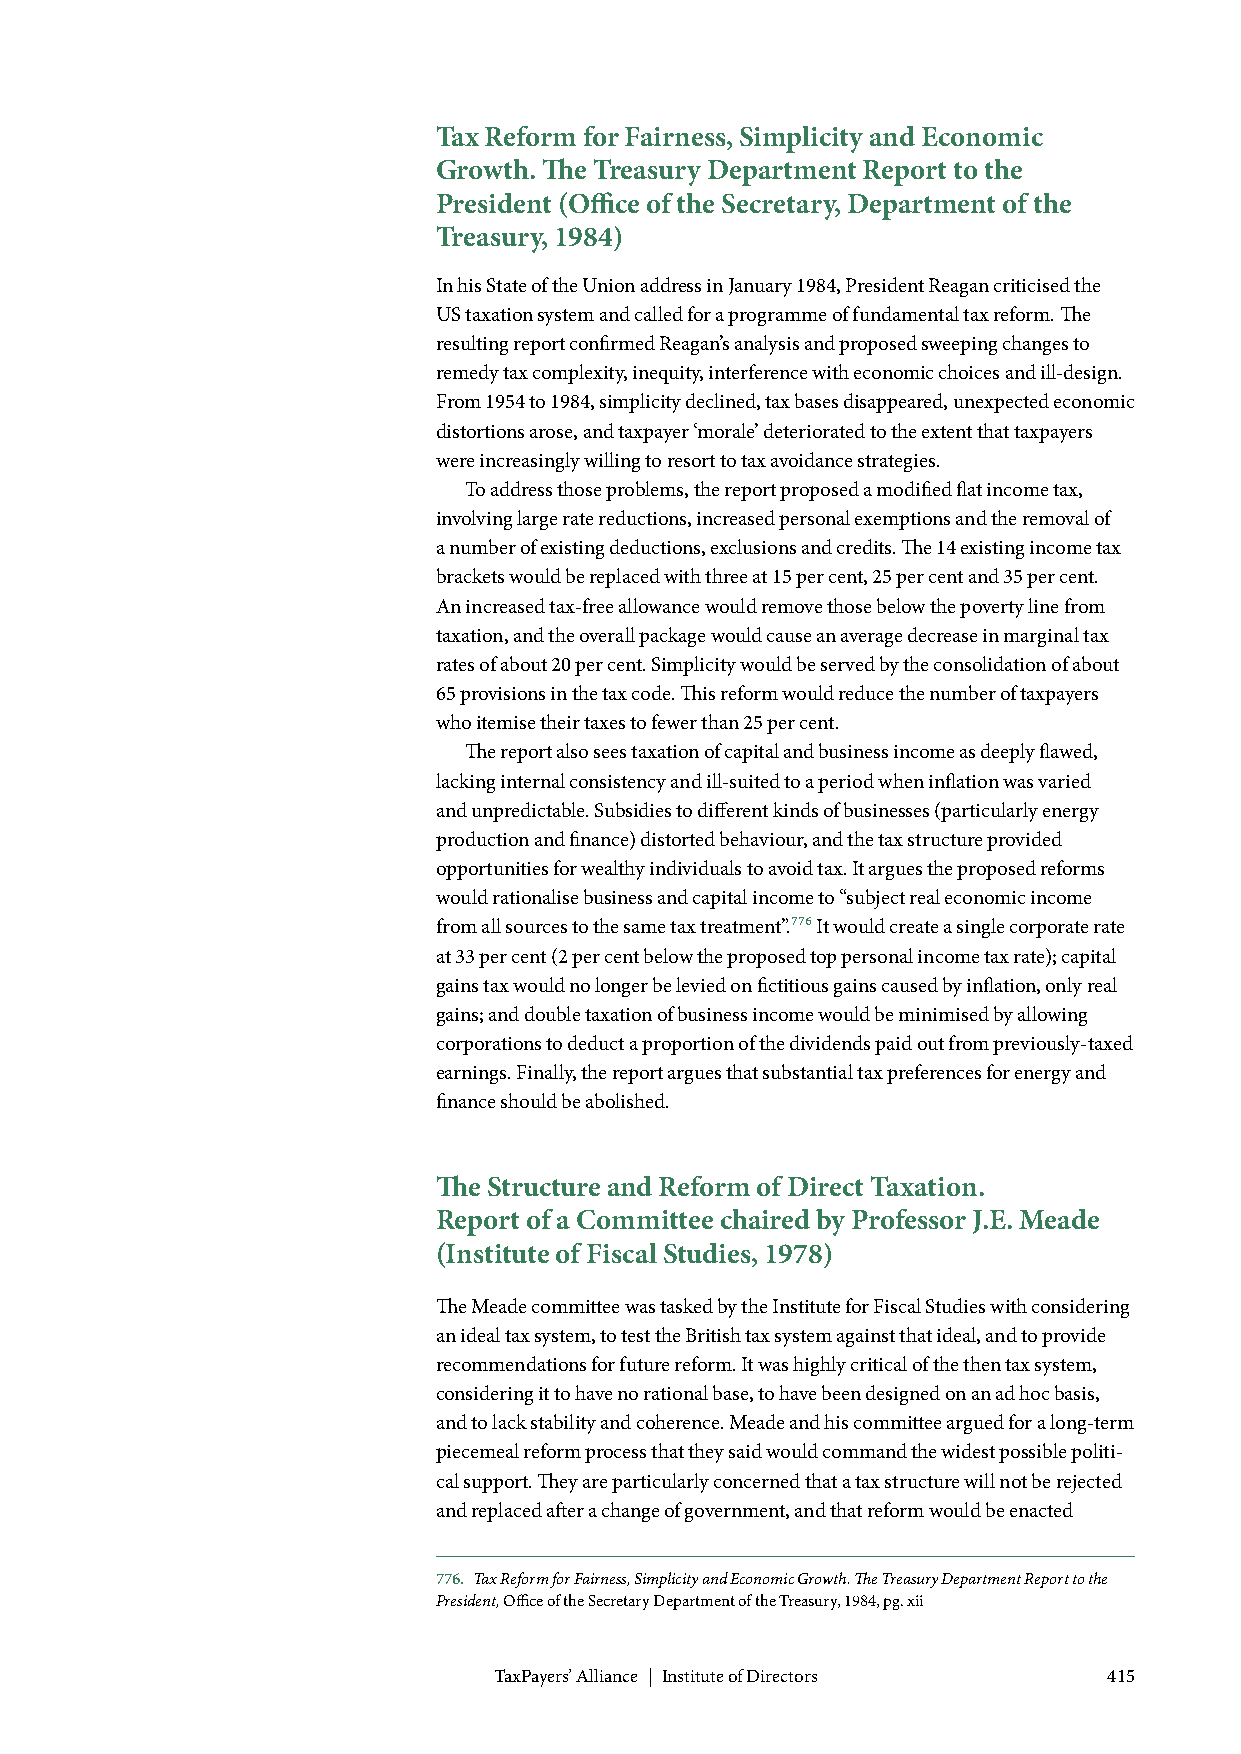
Tax Reform for Fairness, Simplicity and Economic
 Growth. The Treasury Department Report to the
 President (Office of the Secretary, Department of the
 Treasury, 1984)
 In his State of the Union address in January 1984, President Reagan criticised the
 US taxation system and called for a programme of fundamental tax reform. The
 resulting report confirmed Reagan’s analysis and proposed sweeping changes to
 remedy tax complexity, inequity, interference with economic choices and ill-design.
 From 1954 to 1984, simplicity declined, tax bases disappeared, unexpected economic
 distortions arose, and taxpayer ‘morale’ deteriorated to the extent that taxpayers
 were increasingly willing to resort to tax avoidance strategies.
 To address those problems, the report proposed a modified flat income tax,
 involving large rate reductions, increased personal exemptions and the removal of
 a number of existing deductions, exclusions and credits. The 14 existing income tax
 brackets would be replaced with three at 15 per cent, 25 per cent and 35 per cent.
 An increased tax-free allowance would remove those below the poverty line from
 taxation, and the overall package would cause an average decrease in marginal tax
 rates of about 20 per cent. Simplicity would be served by the consolidation of about
 65 provisions in the tax code. This reform would reduce the number of taxpayers
 who itemise their taxes to fewer than 25 per cent.
 The report also sees taxation of capital and business income as deeply flawed,
 lacking internal consistency and ill-suited to a period when inflation was varied
 and unpredictable. Subsidies to different kinds of businesses (particularly energy
 production and finance) distorted behaviour, and the tax structure provided
 opportunities for wealthy individuals to avoid tax. It argues the proposed reforms
 would rationalise business and capital income to “subject real economic income
 from all sources to the same tax treatment”.776 It would create a single corporate rate
 at 33 per cent (2 per cent below the proposed top personal income tax rate); capital
 gains tax would no longer be levied on fictitious gains caused by inflation, only real
 gains; and double taxation of business income would be minimised by allowing
 corporations to deduct a proportion of the dividends paid out from previously-taxed
 earnings. Finally, the report argues that substantial tax preferences for energy and
 finance should be abolished.
 The Structure and Reform of Direct Taxation.
 Report of a Committee chaired by Professor J.E. Meade
 (Institute of Fiscal Studies, 1978)
 The Meade committee was tasked by the Institute for Fiscal Studies with considering
 an ideal tax system, to test the British tax system against that ideal, and to provide
 recommendations for future reform. It was highly critical of the then tax system,
 considering it to have no rational base, to have been designed on an ad hoc basis,
 and to lack stability and coherence. Meade and his committee argued for a long-term
 piecemeal reform process that they said would command the widest possible politi-
 cal support. They are particularly concerned that a tax structure will not be rejected
 and replaced after a change of government, and that reform would be enacted
 776. Tax Reform for Fairness, Simplicity and Economic Growth. The Treasury Department Report to the
 President, Office of the Secretary Department of the Treasury, 1984, pg. xii
 TaxPayers’ Alliance | Institute of Directors 415